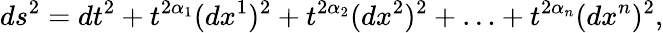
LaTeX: ds^{2}=dt^{2}+t^{2\alpha_{1}}(dx^{1})^{2}+t^{2\alpha_{2}}(dx^{2})^{2}+\ldots+t^{2\alpha_{n}}(dx^{n})^{2},